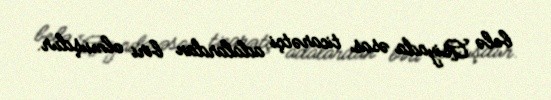
belə Asiyada əsas ticarətçi adalardan biri olmuşdur.